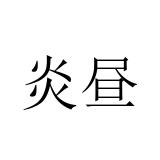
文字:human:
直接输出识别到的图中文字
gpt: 炎昼